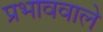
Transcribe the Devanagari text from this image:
प्रभाववाले